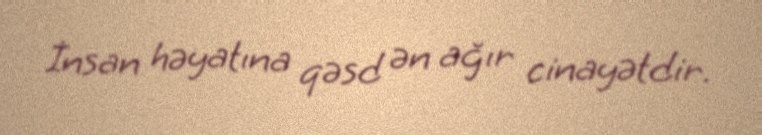
İnsan həyatına qəsd ən ağır cinayətdir.